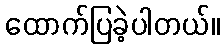
ထောက်ပြခဲ့ပါတယ်။